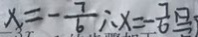
x = - \frac { 7 } { 6 } \therefore x = - \frac { 7 } { 6 }